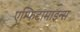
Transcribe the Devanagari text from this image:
एम्फिटामाइन्स